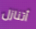
أتنازل